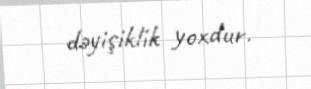
dəyişiklik yoxdur.